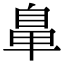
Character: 𮮲